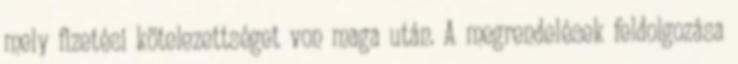
mely fizetési kötelezettséget von maga után. A megrendelések feldolgozása